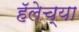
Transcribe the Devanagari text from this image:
हॅलेच्या